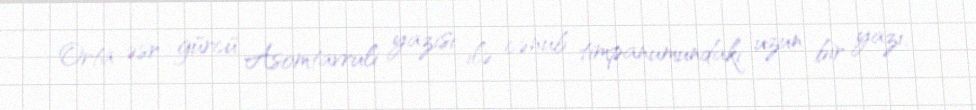
Orta əsr gürcü Asomtavruli yazısı ilə cənub timpanumundakı uzun bir yazı,